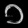
Digit: ၁